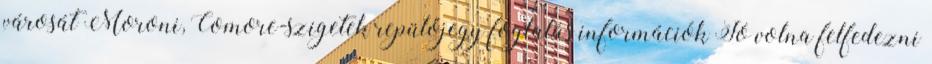
városát Moroni, Comore-szigetek repülőjegy foglalás információk Jó volna felfedezni